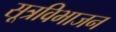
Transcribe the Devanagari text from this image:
सूत्रविभाजन